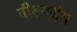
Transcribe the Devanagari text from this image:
तीक्ष्णशृंग